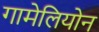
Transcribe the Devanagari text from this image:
गामेलियोन